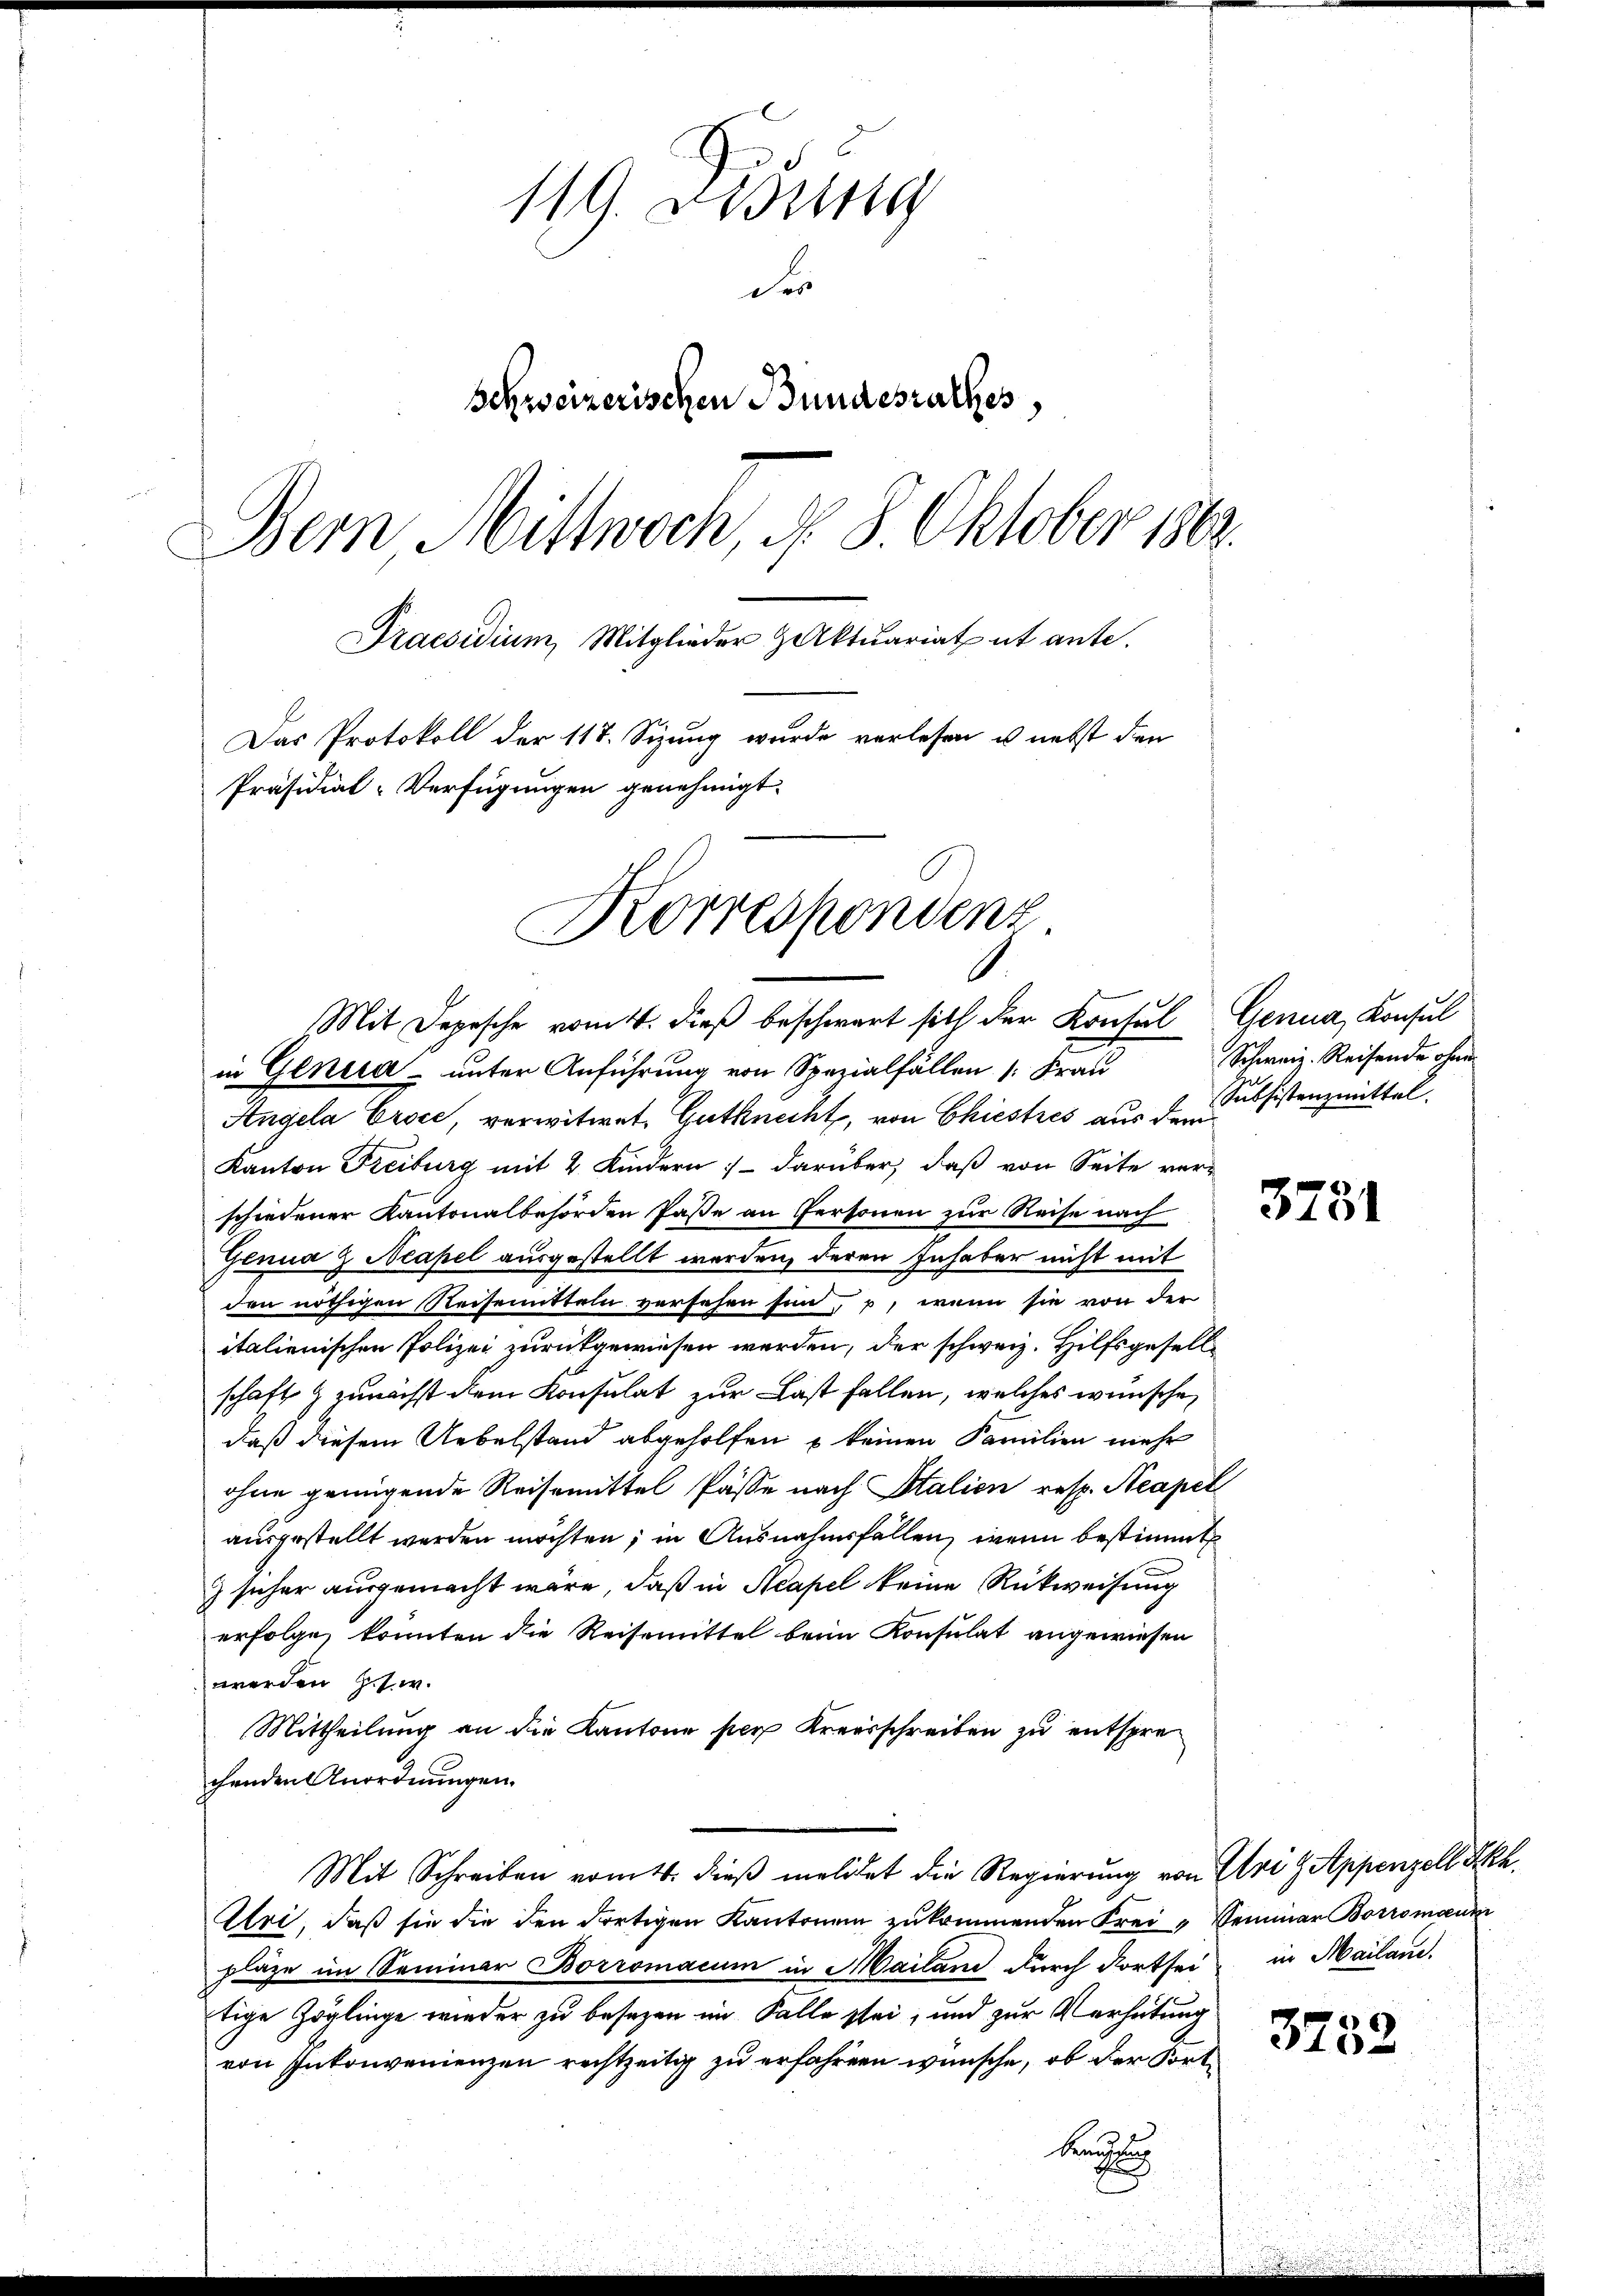
Gu
119. Beding
der
Schweizerischen Bundesrathes
Bern Mittwoch, d. 8. Oktober 1862.
Praesidium, Mitglieder Halktuariat et ante.
Das Protokoll der 117. Sizung wurde verlesen u. nebst den
Präsidial-Verfügungen genehmigt.
Korrespondenz

Angela Ersce, verwitwet, Gutknecht, von Chiestres aus dem
Kanton Freiburg mit 2 Kindern; - darüber, daß von Seite verschiedener Kantonalbehörden Paße an Personen zur Reise nach
Genua & Neapel ausgestellt werden, deren Inhaber nicht mit
den nöthigen Reisemitteln versehen sein, u, wenn sie von der
italienischen Polizei zurückgewiesen werden, der schweiz. Hilfsgesellschaft & zunächst dem Konsulat zur Last fallen, welches wünsche,
daß diesem Uebelstand abgeholfen u keinen Familien mehr
ohne genügende Reisemittel Pässe nach Italien resp. Neapel
ausgestellt werden möchten; in Ausnahmsfallen, wenn bestimmt
) sicher ausgemacht wäre, daß in Neapel keine Rückweisung
erfolge, konnten die Reisemittel beim Konsulat angewiesen
werden Ges. w.
Mittheilung an die Kantone per Kreisschreiben zu entsprechenden Anordnungen.
Mit Schreiben vom 11. dieβ meldet die Regierung von Uri g Appenzell Akk.
Uri, daß sie die den dortigen Kantone zukommenden Frei - Seminar Borromann
plaze im Seminar Borromacum in Mailand durch dortsei in Mailand.
tige Zöglinge wieder zu besezen im Falle sei, und zur Verhütung
von Inkonvenienzen rechtzeitig zu erfahren wünsche, ob der Fort¬
Brautung

6
Mit Depesche vom 4. dieβ beschwart sich der Konsul Genua, Konsul
in Genera unter Anführung von Spezialfällen 1. Fer

t

Schweiz. Reisende ohne
Subsistenzmittel.

3781

3752